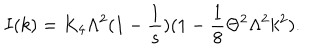
LaTeX: I ( k ) = K _ { 4 } \Lambda ^ { 2 } ( 1 - \frac { 1 } { s } ) ( 1 - \frac { 1 } { 8 } \Theta ^ { 2 } \Lambda ^ { 2 } k ^ { 2 } ) .